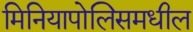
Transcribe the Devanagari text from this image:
मिनियापोलिसमधील